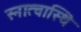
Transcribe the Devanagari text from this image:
स्नात्वास्थि